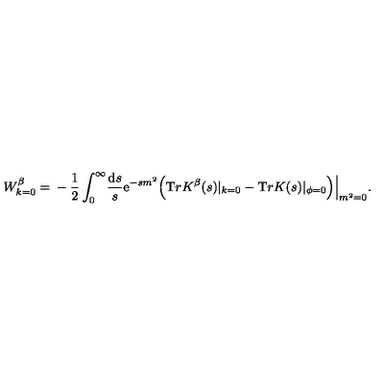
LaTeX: W _ { k = 0 } ^ { \beta } = \mathrm { } - \frac 1 2 \int _ { 0 } ^ { \infty } \! \frac { { \mathrm { d } } s } { s } { \mathrm e } ^ { - s m ^ { 2 } } \Big ( { \mathrm T r } { K } ^ { \beta } ( s ) | _ { k = 0 } - { \mathrm T r } K ( s ) | _ { \phi = 0 } \Big ) \Big | _ { m ^ { 2 } = 0 } .